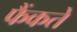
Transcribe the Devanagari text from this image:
फैंकते